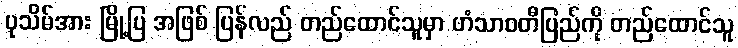
ပုသိမ်အား မြို့ပြ အဖြစ် ပြန်လည် တည်ထောင်သူမှာ ဟံသာဝတီပြည်ကို တည်ထောင်သူ